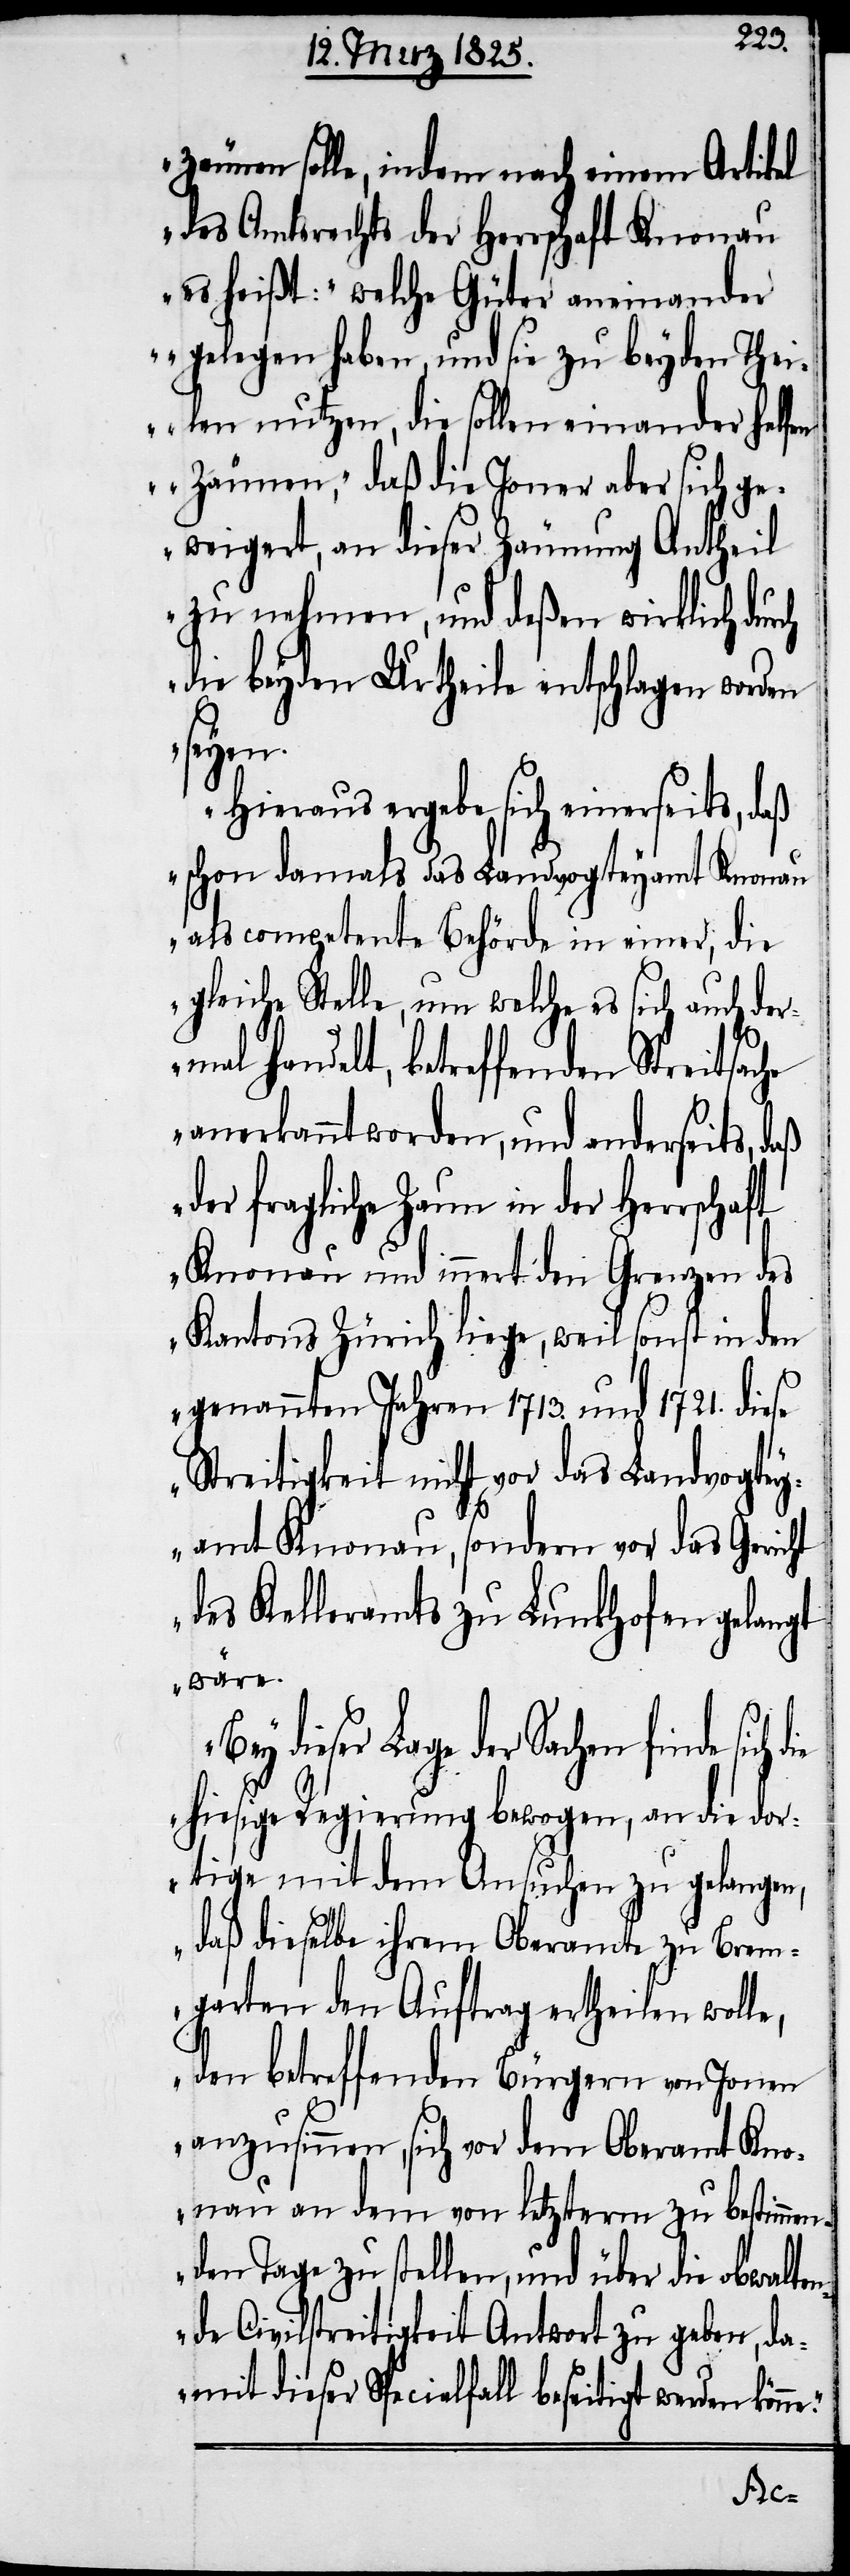
zäunen solle, indem nach einem Artikel
des Amtsrechts der Herrschaft Knonau
es heißt: „welche Güter aneinander
gelegen haben, und sie zu beyden Thei¬
len nutzen, die sollen einander helfen
Zäunen,“ daß die Joner aber sich ge¬
weigert, an dieser Zäunung Antheil
zu nehmen, und deßen wirklich dur¬
die beyden Urtheile entschlagen worden
seyen.
Hieraus ergebe sich einerseits, daß
schon damals das Landvogteyamt Knonau
als competente Behörde in einer, die
gleiche Stelle, um welche es sich auch de¬
rmal handelt, betreffenden Streitsac¬
anerkannt worden, und anderseits, daß
der fragliche Zaun in der Herrschaft
Knonau und innert den Grenzen des
Kantons Zürich liege, weil sonst in den
genannten Jahren 1713. und 1721. diese
Streitigkeit nicht vor das Landvogte¬
yamt Knonau, sondern vor das Gericht
des Kelleramts zu Lunkhofen gelangt
wäre.
en finde sich di¬
e hiesige Regierung bewogen, an die dor¬
tige mit dem Ansuchen zu gelangen,
daß dieselbe ihrem Oberamte zu Brem¬
garten den Auftrag ertheilen wol¬
den betreffenden Bürgern von Jonen
anzusinnen, sich vor dem Oberamt Kno¬
nau an dem von letzterm zu bestimme¬
nden Tage zu stellen, und über die obwalte¬
nde Civilstreitigkeit Antwort zu geben, da¬
mit dieser Specialfall beseitigt werden kön¬
ne.“